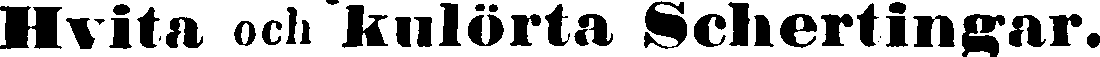
Hvita och kulörta Schertiugar.